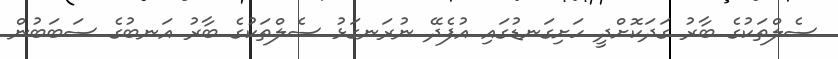
ސެލްތަކުގެ ބާރު ގަދަކޮށްދީ ހަށިގަނޑުގައި އުފެދޭ ނުރަނގަޅު ސެލްތަކުގެ ބާރު އަނބުގެ ސަބަބުން